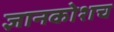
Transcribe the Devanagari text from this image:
ज्ञानकोशच